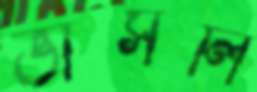
ভাসলি